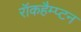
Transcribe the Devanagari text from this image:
रॉकहैम्प्टन